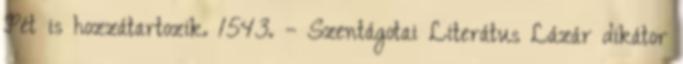
Pét is hozzátartozik. 1543. – Szentágotai Literátus Lázár dikátor